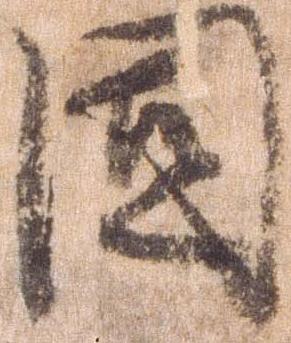
固